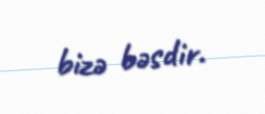
bizə bəsdir.